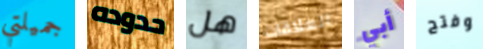
جميلتي حدوده هل العلاقات أبي وفتح